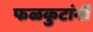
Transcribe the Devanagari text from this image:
फळकुटांनी